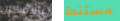
بالامكان مستندة